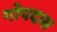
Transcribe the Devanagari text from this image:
गोपदास